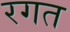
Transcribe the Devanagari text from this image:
रगत